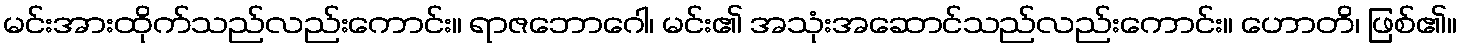
မင်းအားထိုက်သည်လည်းကောင်း။ ရာဇဘောဂေါ၊ မင်း၏ အသုံးအဆောင်သည်လည်းကောင်း။ ဟောတိ၊ ဖြစ်၏။